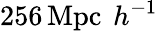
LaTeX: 256\, \textrm{Mpc\, }h^{-1}